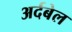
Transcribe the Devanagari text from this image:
अर्दबेल